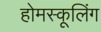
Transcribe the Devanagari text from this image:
होमस्कूलिंग